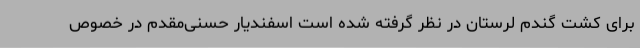
برای کشت گندم لرستان در نظر گرفته شده است اسفندیار حسنی‌مقدم در خصوص